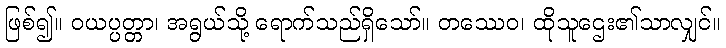
ဖြစ်၍။ ဝယပ္ပတ္တာ၊ အရွယ်သို့ ရောက်သည်ရှိသော်။ တဿေဝ၊ ထိုသူဌေး၏သာလျှင်။